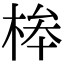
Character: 桳